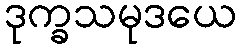
ဒုက္ခသမုဒယေ